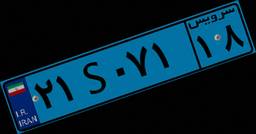
۰۴S۷۸۶۱۳